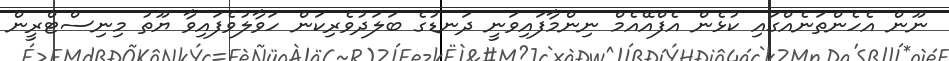
ނޫން އެހެންތަނެއްގައި ކުޅެން އެފްއޭއެމް ނިންމާފައިވަނީ ދަނޑުގެ ބަލަދުވެރިކަން ހަވާލުވެފައިވާ ޔޫތު މިނިސްޓްރީން